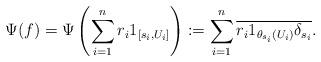
LaTeX: \begin{align*} \Psi(f)=\Psi\left(\sum_{i=1}^n r_i1_{[s_i, U_i]} \right):=\sum_{i=1}^n \overline{r_i1_{\theta_{s_i}(U_i)}\delta_{s_i}}.\end{align*}